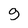
Character: g